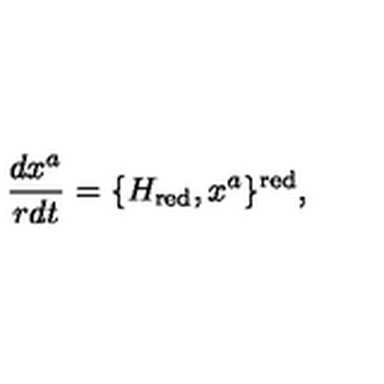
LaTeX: \frac { d x ^ { a } } { r d t } = \{ H _ { \mathrm { r e d } } , x ^ { a } \} ^ { \mathrm { r e d } } ,